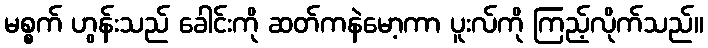
မစ္စက် ဟွန်းသည် ခေါင်းကို ဆတ်ကနဲမော့ကာ ပူးလ်ကို ကြည့်လိုက်သည်။